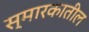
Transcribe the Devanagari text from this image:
स्मारकातील